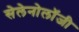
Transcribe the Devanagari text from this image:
सेलेनोलॉजी